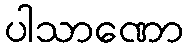
ပါသာဏော